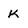
Character: K